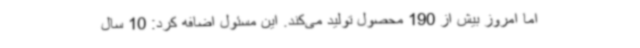
اما امروز بیش از 190 محصول تولید می‌کند. این مسئول اضافه کرد: 10 سال